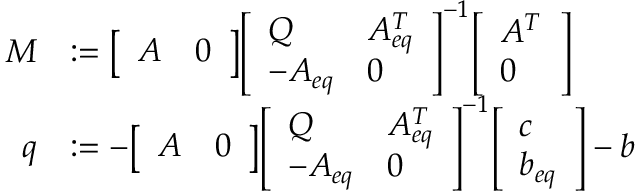
{ \begin{array} { r l } { M } & { : = { \left[ \begin{array} { l l } { A } & { 0 } \end{array} \right] } { \left[ \begin{array} { l l } { Q } & { A _ { e q } ^ { T } } \\ { - A _ { e q } } & { 0 } \end{array} \right] } ^ { - 1 } { \left[ \begin{array} { l } { A ^ { T } } \\ { 0 } \end{array} \right] } } \\ { q } & { : = - { \left[ \begin{array} { l l } { A } & { 0 } \end{array} \right] } { \left[ \begin{array} { l l } { Q } & { A _ { e q } ^ { T } } \\ { - A _ { e q } } & { 0 } \end{array} \right] } ^ { - 1 } { \left[ \begin{array} { l } { c } \\ { b _ { e q } } \end{array} \right] } - b } \end{array} }